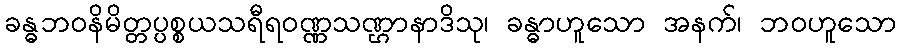
ခန္ဓဘဝနိမိတ္တပ္ပစ္စယသရီရဝဏ္ဏသဏ္ဌာနာဒိသု၊ ခန္ဓာဟူသော အနက်၊ ဘဝဟူသော